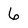
Character: 6